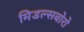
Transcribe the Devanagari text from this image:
मिडल्सबोरो